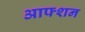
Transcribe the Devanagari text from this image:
आफ्शन